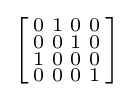
\left[{\begin{smallmatrix}0&1&0&0\\0&0&1&0\\1&0&0&0\\0&0&0&1\\\end{smallmatrix}}\right]